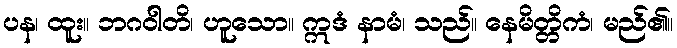
ပန၊ ထူး။ ဘဂဝါတိ၊ ဟူသော။ ဣဒံ နာမံ၊ သည်။ နေမိတ္တိကံ၊ မည်၏။